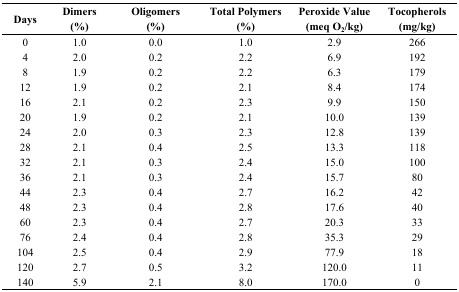
<table><thead><tr><td><b>Days</b></td><td><b>Dimers (%)</b></td><td><b>Oligomers (%)</b></td><td><b>Total Polymers (%)</b></td><td><b>Peroxide Value (meq O<sub>2</sub>/kg)</b></td><td><b>Tocopherols (mg/kg)</b></td></tr></thead><tbody><tr><td>0</td><td>1.0</td><td>0.0</td><td>1.0</td><td>2.9</td><td>266</td></tr><tr><td>4</td><td>2.0</td><td>0.2</td><td>2.2</td><td>6.9</td><td>192</td></tr><tr><td>8</td><td>1.9</td><td>0.2</td><td>2.2</td><td>6.3</td><td>179</td></tr><tr><td>12</td><td>1.9</td><td>0.2</td><td>2.1</td><td>8.4</td><td>174</td></tr><tr><td>16</td><td>2.1</td><td>0.2</td><td>2.3</td><td>9.9</td><td>150</td></tr><tr><td>20</td><td>1.9</td><td>0.2</td><td>2.1</td><td>10.0</td><td>139</td></tr><tr><td>24</td><td>2.0</td><td>0.3</td><td>2.3</td><td>12.8</td><td>139</td></tr><tr><td>28</td><td>2.1</td><td>0.4</td><td>2.5</td><td>13.3</td><td>118</td></tr><tr><td>32</td><td>2.1</td><td>0.3</td><td>2.4</td><td>15.0</td><td>100</td></tr><tr><td>36</td><td>2.1</td><td>0.3</td><td>2.4</td><td>15.7</td><td>80</td></tr><tr><td>44</td><td>2.3</td><td>0.4</td><td>2.7</td><td>16.2</td><td>42</td></tr><tr><td>48</td><td>2.3</td><td>0.4</td><td>2.8</td><td>17.6</td><td>40</td></tr><tr><td>60</td><td>2.3</td><td>0.4</td><td>2.7</td><td>20.3</td><td>33</td></tr><tr><td>76</td><td>2.4</td><td>0.4</td><td>2.8</td><td>35.3</td><td>29</td></tr><tr><td>104</td><td>2.5</td><td>0.4</td><td>2.9</td><td>77.9</td><td>18</td></tr><tr><td>120</td><td>2.7</td><td>0.5</td><td>3.2</td><td>120.0</td><td>11</td></tr><tr><td>140</td><td>5.9</td><td>2.1</td><td>8.0</td><td>170.0</td><td>0</td></tr></tbody></table>